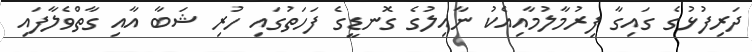
ދަރިފުޅުގެ ގައިގާ ފިރުމާލުމާއިއެކު ނާއިލުގެ ގޮނޑީގެ ފަހަތުގައި ހުރި ޝަބާ އާއި ގާތްވެލާފައި